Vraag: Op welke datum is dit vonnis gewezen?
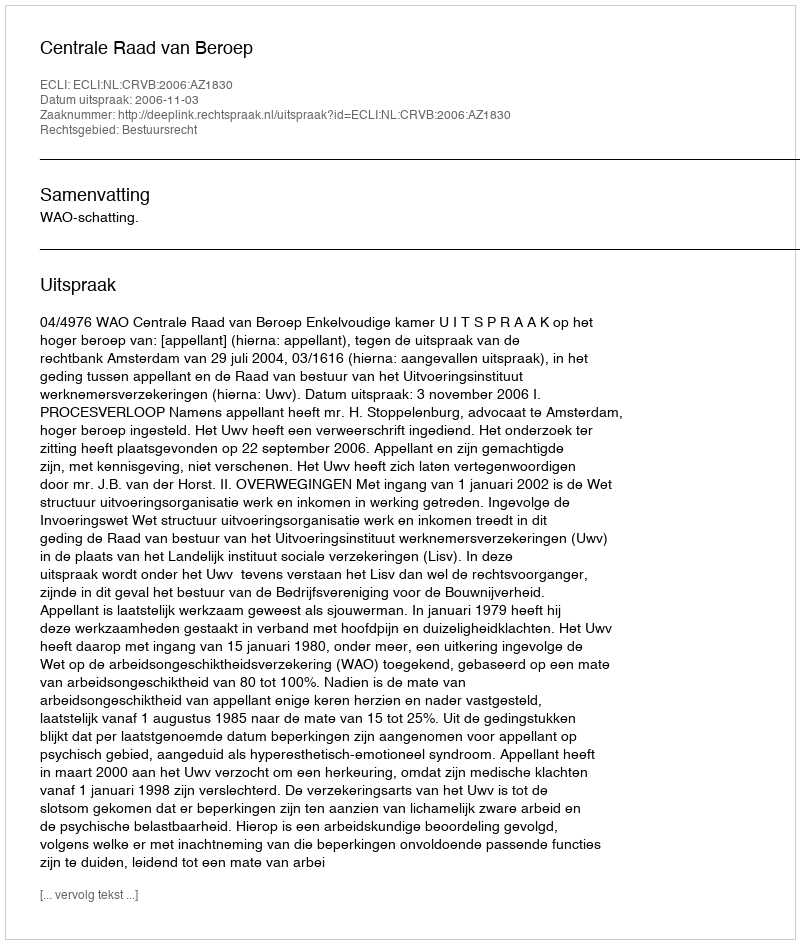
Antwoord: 2006-11-03